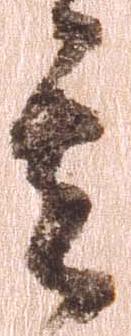
其